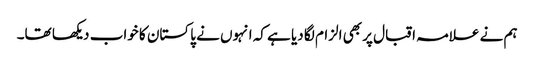
ہم نے علامہ اقبال پر بھی الزام لگا دیا ہے کہ انہوں نے پاکستان کا خواب دیکھا تھا۔